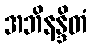
အဘိနန္ဒိတံ